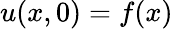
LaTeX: u(x,0)=f(x)